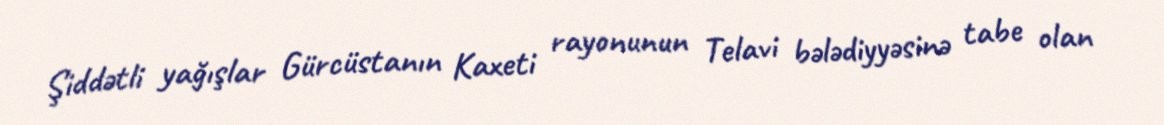
Şiddətli yağışlar Gürcüstanın Kaxeti rayonunun Telavi bələdiyyəsinə tabe olan